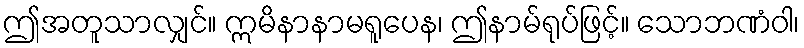
ဤအတူသာလျှင်။ ဣမိနာနာမရူပေန၊ ဤနာမ်ရုပ်ဖြင့်။ သောဘဏံဝါ၊